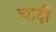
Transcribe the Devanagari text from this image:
चादीं